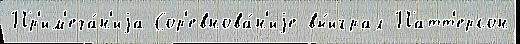
Пр'им'еча́н'иjа Сор'евнова́н'иjе вы́играл Патт'ерсон